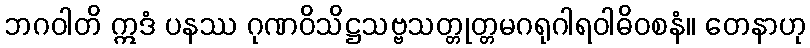
ဘဂဝါတိ ဣဒံ ပနဿ ဂုဏဝိသိဋ္ဌသဗ္ဗသတ္တုတ္တမဂရုဂါရဝါဓိဝစနံ။ တေနာဟု